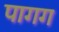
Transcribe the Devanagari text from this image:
पागग